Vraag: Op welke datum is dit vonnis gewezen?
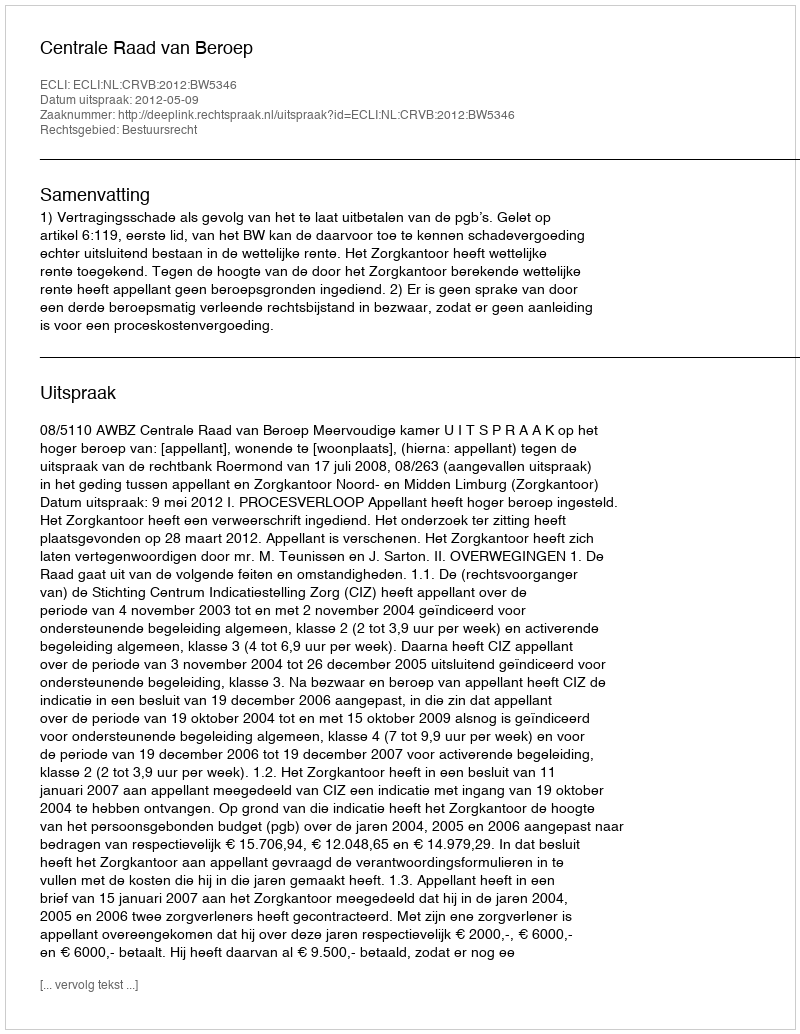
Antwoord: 2012-05-09